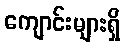
ကျောင်းများရှိ